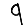
Digit: 9